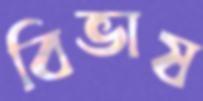
বিভাষ